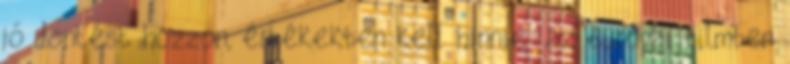
jó döntést hozzon, értékekben kell hinnie: az európai filmben